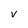
Character: v